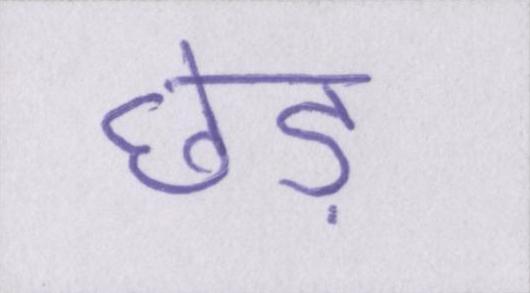
छेड़